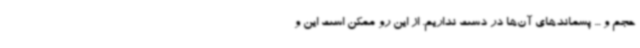
حجم و ... پسماندهای آن‌ها در دست نداریم. از این رو ممکن است این و